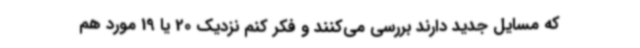
که مسایل جدید دارند بررسی می‌کنند و فکر کنم نزدیک 20 یا 19 مورد هم